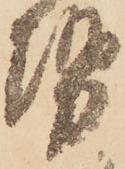
勢